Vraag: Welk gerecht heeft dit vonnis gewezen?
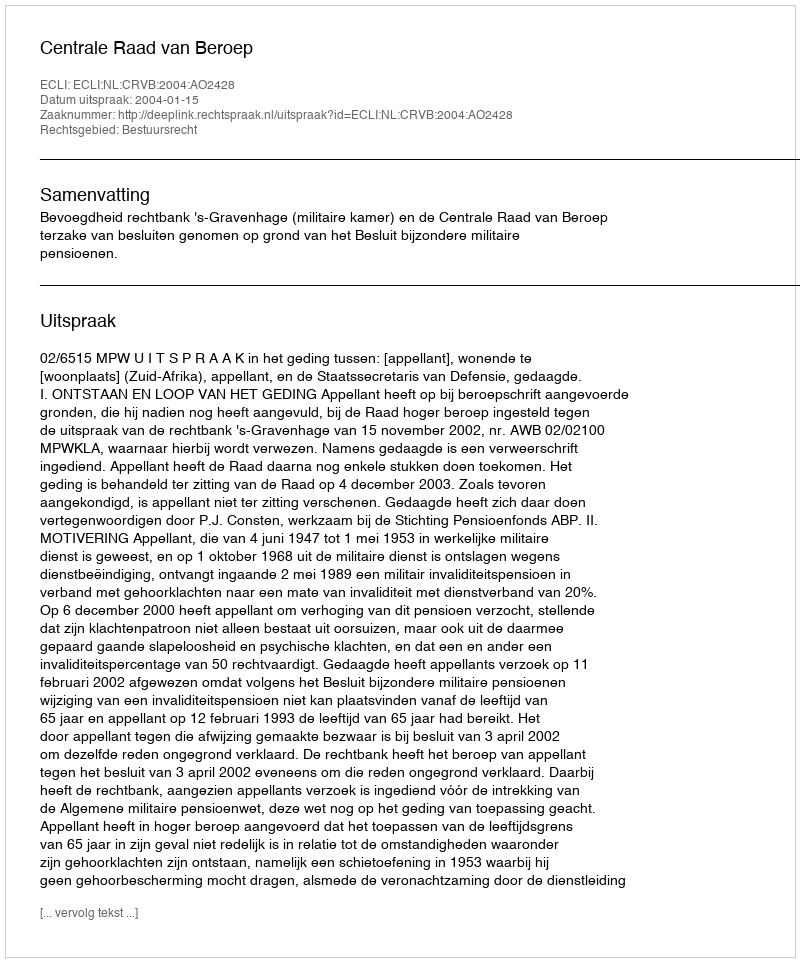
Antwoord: Centrale Raad van Beroep